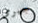
جيرمى